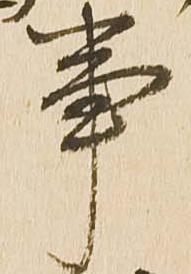
事